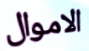
الاموال